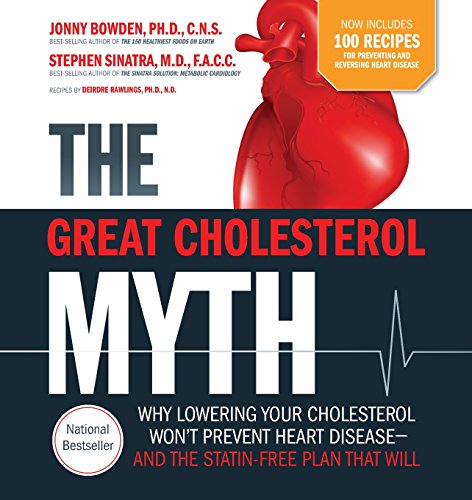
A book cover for The Great Cholesterol Myth Now Includes 100 Recipes for Preventing and Reversing Heart Disease: Why Lowering Your Cholesterol Won't Prevent Heart Disease-and the Statin-Free Plan that Will; Jonny Bowden; Cookbooks, Food & Wine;